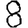
Digit: 8